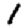
Digit: 1